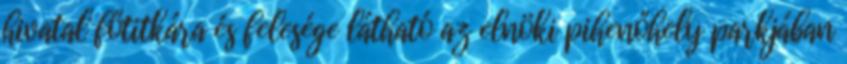
hivatal főtitkára és felesége látható az elnöki pihenőhely parkjában